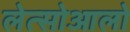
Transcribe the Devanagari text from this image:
लेत्सोआलो